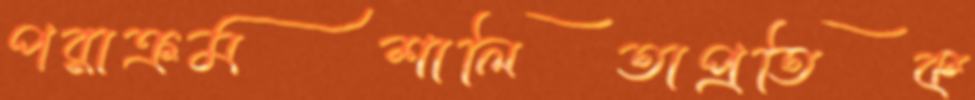
পরাক্রমশালিতাপ্রতিক